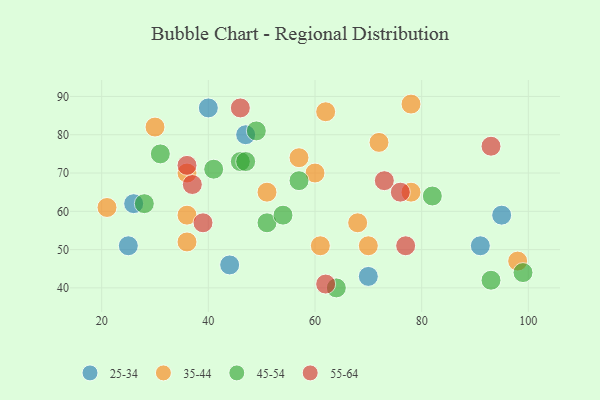
{"axis": {"x": "GDP", "y": "Life Expectancy"}, "legend": ["25-34", "35-44", "45-54", "55-64"], "data": [{"x": "70", "y": 43, "type": "25-34"}, {"x": "25", "y": 51, "type": "25-34"}, {"x": "26", "y": 62, "type": "25-34"}, {"x": "47", "y": 80, "type": "25-34"}, {"x": "40", "y": 87, "type": "25-34"}, {"x": "91", "y": 51, "type": "25-34"}, {"x": "95", "y": 59, "type": "25-34"}, {"x": "44", "y": 46, "type": "25-34"}, {"x": "70", "y": 51, "type": "35-44"}, {"x": "72", "y": 78, "type": "35-44"}, {"x": "62", "y": 86, "type": "35-44"}, {"x": "78", "y": 88, "type": "35-44"}, {"x": "60", "y": 70, "type": "35-44"}, {"x": "78", "y": 65, "type": "35-44"}, {"x": "57", "y": 74, "type": "35-44"}, {"x": "68", "y": 57, "type": "35-44"}, {"x": "51", "y": 65, "type": "35-44"}, {"x": "36", "y": 52, "type": "35-44"}, {"x": "36", "y": 70, "type": "35-44"}, {"x": "30", "y": 82, "type": "35-44"}, {"x": "36", "y": 59, "type": "35-44"}, {"x": "61", "y": 51, "type": "35-44"}, {"x": "21", "y": 61, "type": "35-44"}, {"x": "98", "y": 47, "type": "35-44"}, {"x": "93", "y": 42, "type": "45-54"}, {"x": "99", "y": 44, "type": "45-54"}, {"x": "82", "y": 64, "type": "45-54"}, {"x": "46", "y": 73, "type": "45-54"}, {"x": "49", "y": 81, "type": "45-54"}, {"x": "51", "y": 57, "type": "45-54"}, {"x": "57", "y": 68, "type": "45-54"}, {"x": "64", "y": 40, "type": "45-54"}, {"x": "54", "y": 59, "type": "45-54"}, {"x": "28", "y": 62, "type": "45-54"}, {"x": "47", "y": 73, "type": "45-54"}, {"x": "41", "y": 71, "type": "45-54"}, {"x": "31", "y": 75, "type": "45-54"}, {"x": "37", "y": 67, "type": "55-64"}, {"x": "62", "y": 41, "type": "55-64"}, {"x": "73", "y": 68, "type": "55-64"}, {"x": "39", "y": 57, "type": "55-64"}, {"x": "46", "y": 87, "type": "55-64"}, {"x": "77", "y": 51, "type": "55-64"}, {"x": "36", "y": 72, "type": "55-64"}, {"x": "76", "y": 65, "type": "55-64"}, {"x": "93", "y": 77, "type": "55-64"}]}